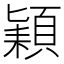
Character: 𮨍